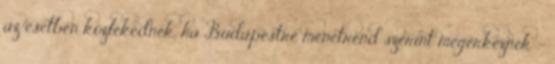
az esetben közlekednek, ha Budapestre menetrend szerint megérkeznek -